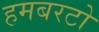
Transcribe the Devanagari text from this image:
हमबरटो